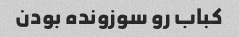
کباب رو سوزونده بودن